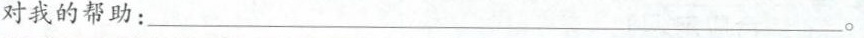
对我的帮助：___ 。